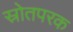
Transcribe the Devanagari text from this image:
स्रोतपरक